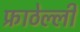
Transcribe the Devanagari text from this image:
फ्राठेल्ली